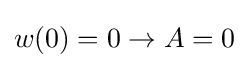
w(0)=0\rightarrow A=0